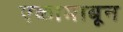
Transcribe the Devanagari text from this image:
एकामाबून